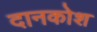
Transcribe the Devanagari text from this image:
दानकोश